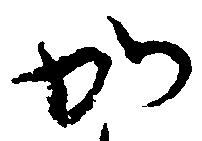
加